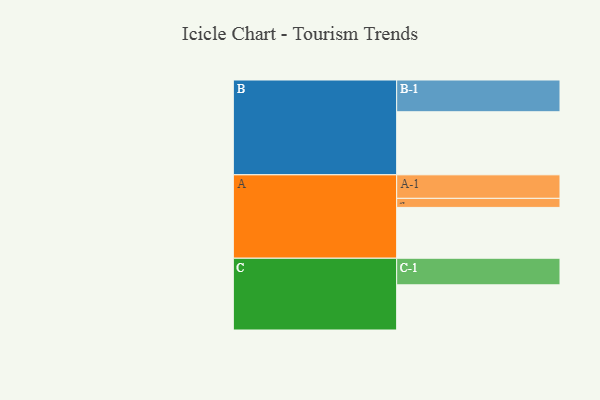
{"axis": {"x": "Segment", "y": "Value"}, "legend": ["", "A", "B", "C"], "data": [{"x": "A", "y": 432, "type": ""}, {"x": "B", "y": 536, "type": ""}, {"x": "C", "y": 384, "type": ""}, {"x": "A-1", "y": 200, "type": "A"}, {"x": "A-2", "y": 77, "type": "A"}, {"x": "B-1", "y": 270, "type": "B"}, {"x": "C-1", "y": 226, "type": "C"}]}